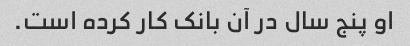
او پنج سال در آن بانک کار کرده است.